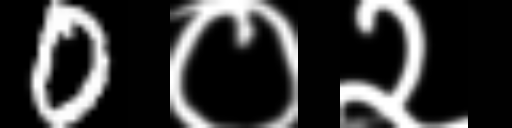
Text: 0०२